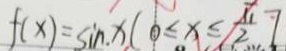
f ( x ) = \sin x ( 0 \leq x \leq \frac { \pi } { 2 } ]